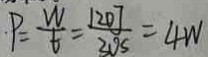
P = \frac { W } { t } = \frac { 1 2 0 J } { 3 0 S } = 4 W